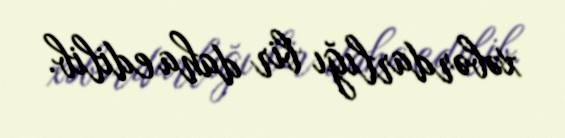
xəbərdarlığı bir daha edilib.